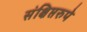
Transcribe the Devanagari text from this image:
संक्षिप्तरुपे